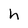
Character: h